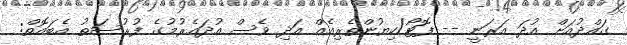
ގައްދުއަށް އުދަ އަރަނީ -- ފޮޓޯ/ކިޔުންތެރިއެއް އަދި ވެސް އުދައެރުމުގެ ފުރުސަތު އެބައޮތް: